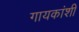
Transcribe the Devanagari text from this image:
गायकांशी